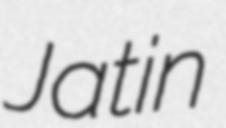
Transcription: Jatin